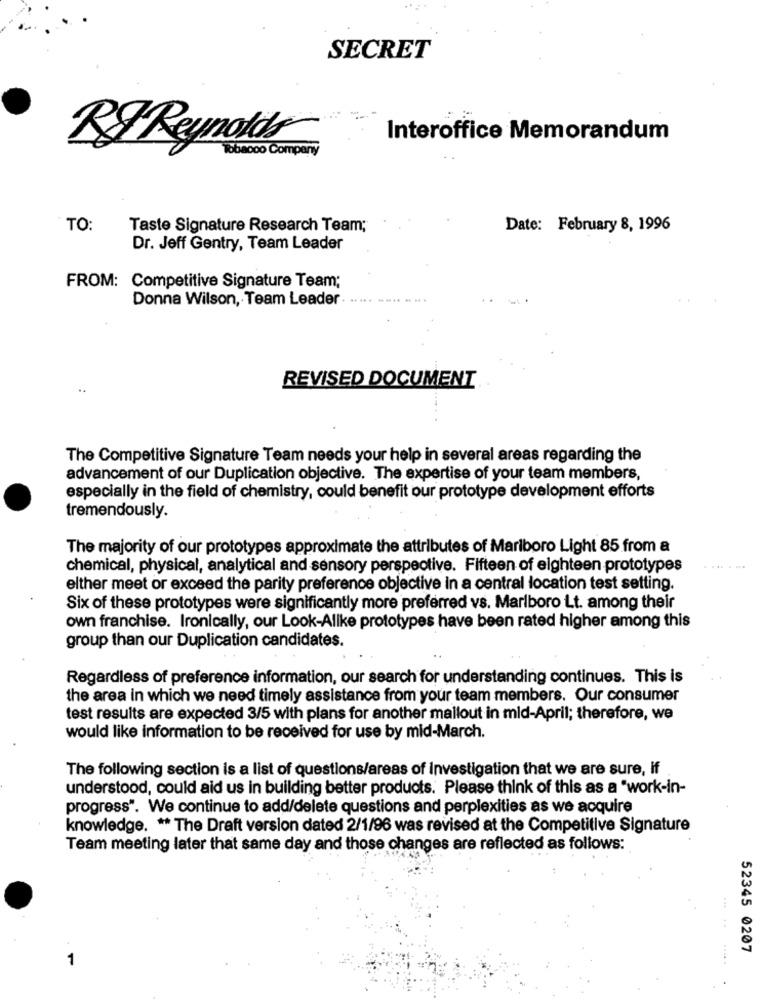
SECRET
Interoffice Memorandum
R& Reynolds
Tobacco Compari
TO:
Taste Signature Research Team;
Date: February 8, 1996
Dr. Jeff Gentry, Team Leader
FROM: Competitive Signature Team;
Donna Wilson, Team Leader.
REVISED DOCUMENT
The Competitive Signature Team needs your help in several areas regarding the
advancement of our Duplication objective. The expertise of your team members,
especially in the field of chemistry, could benefit our prototype development efforts
tremendously.
The majority of our prototypes approximate the attributes of Marlboro Light 85 from a
chemical, physical, analytical and sensory perspective. Fifteen of eighteen prototypes
......
elther meet or exceed the parity preference objective in a central location test setting.
Six of these prototypes were significantly more preferred vs. Marlboro Lt. among their
own franchise. Ironically, our Look-Alike prototypes have been rated higher among this
group than our Duplication candidates.
Regardless of preference information, our search for understanding continues. This is
the area in which we need timely assistance from your team members. Our consumer
test results are expected 3/5 with plans for another mailout in mid-April; therefore, we
would like information to be received for use by mid-March.
The following section is a list of questions/areas of Investigation that we are sure, if
understood, could aid us in building better products. Please think of this as a "work-in-
progress". We continue to add/delete questions and perplexities as we acquire
knowledge. ** The Draft version dated 2/1/96 was revised at the Competitive Signature
Team meeting later that same day and those changes are reflected as follows:
52345 0207
1